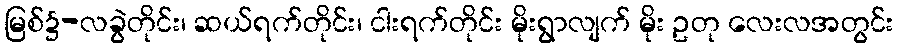
မြစ်၌-လခွဲတိုင်း၊ ဆယ်ရက်တိုင်း၊ ငါးရက်တိုင်း မိုးရွာလျက် မိုး ဥတု လေးလအတွင်း